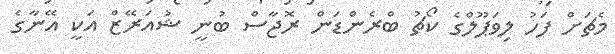
މެޗަށް ފަހު ލިވަޕޫލްގެ ކޯޗު ބްރެންޑަން ރޮޖާސް ބުނީ ޝުއަރޭޒް އަކީ އޭނާގެ